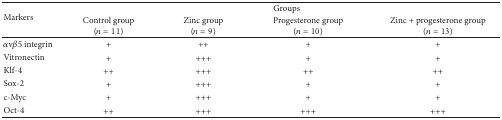
<table><thead><tr><td rowspan="2"><b>Markers</b></td><td colspan="4"><b>Groups</b></td></tr><tr><td><b>Control group(<i>n</i> = 11)</b></td><td><b>Zinc group(<i>n</i> = 9)</b></td><td><b>Progesterone group(<i>n</i> = 10)</b></td><td><b>Zinc + progesterone group(<i>n</i> = 13)</b></td></tr></thead><tbody><tr><td><i>α</i>v<i>β</i>5 integrin</td><td>+</td><td>++</td><td>+</td><td>+</td></tr><tr><td>Vitronectin</td><td>+</td><td>+++</td><td>+</td><td>+</td></tr><tr><td>Klf-4</td><td>++</td><td>+++</td><td>++</td><td>++</td></tr><tr><td>Sox-2</td><td>+</td><td>+++</td><td>+</td><td>+</td></tr><tr><td>c-Myc</td><td>+</td><td>+++</td><td>+</td><td>+</td></tr><tr><td>Oct-4</td><td>++</td><td>+++</td><td>+++</td><td>+++</td></tr></tbody></table>